Civil Veterinary Department. United Provinces 1912-22 - 1912-1922
Year: 1912
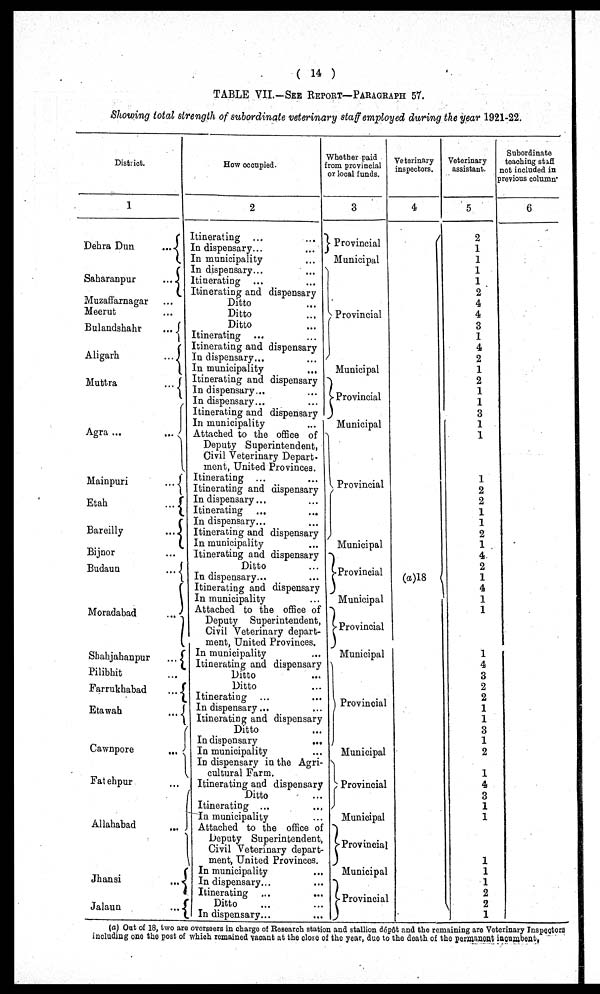
( 14 )
TABLE VII.—SEE REPORT—PARAGRAPH 57.
Showing total strength of subordinate veterinary staff employed during the year 1921-22.
District.
1
Dehra Dun
...
Saharanpur ...
Muzaffarnagar ...
Meerut ...
Bulandshahr ...
Aligarh ...
Muttra ...
Agra ...
Mainpuri ...
Etah ...
Bareilly ...
Bijnor ...
Budaun ...
Moradabad ...
Shahjahanpur ...
Pilibhit ...
Farrukhabad ...
Etawah ...
Cawnpore ...
Fatehpur ...
Allahabad ...
Jhansi ...
Jalaun ...
How occupied.
2
Itinerating ...
...
In dispensary...
...
In municipality ...
In dispensary ...
...
Itinerating ... ...
Itinerating and dispensary
Ditto ...
Ditto ...
Ditto ...
Itinerating ... ...
Itinerating and dispensary
In dispensary... ...
In municipality ...
Itinerating and dispensary
In dispensary ... ...
In dispensary ... ...
Itinerating and dispensary
In municipality ...
Attached to the office of
Deputy Superintendent,
Civil Veterinary Depart-
ment, United Provinces.
Itinerating ... ...
Itinerating and dispensary
In dispensary ... ...
Itinerating ... ...
In dispensary ... ...
Itinerating and dispensary
In municipality ...
Itinerating and dispensary
Ditto ...
In dispensary ...
Itinerating and dispensary
In municipality ...
Attached to the office of
Deputy Superintendent,
Civil Veterinary depart-
ment, United Provinces.
In municipality ...
Itinerating and dispensary
Ditto ...
Ditto ... ...
Itinerating ... ...
In dispensary ... ...
Itinerating and dispensary
Ditto ...
In dispensary ...
In municipality ...
In dispensary in the Agri-
cultural Farm.
Itinerating and dispensary
Ditto ...
Itinerating ...
In municipality ...
Attached to the office of
Deputy Superintendent,
Civil Veterinary depart.
ment, United Provinces.
In municipality ...
In dispensary ... ...
Itinerating ... ...
Ditto ... ...
In dispensary ... ...
Whether paid
from provincial
or local funds.
3
Provincial
Municipal
Provincial
Municipal
Provincial
Municipal
Provincial
Municipal
Provincial
Municipal
Provincial
Municipal
Provincial
Municipal
Provincial
Municipal
Provincial
Municipal
Provincial
Veterinary
inspectors.
4
(a)18
Veterinary
assistant.
5
2
1
1
1
1
2
4
4
3
1
4
2
1
2
1
1
3
1
1
1
2
2
1
1
2
1
4
2
1
4
1
1
1
4
3
2
2
1
1
3
1
2
1
4
3
1
1
1
1
1
2
2
1
Subordinate
teaching staff
not included in
previous column
6
(a) Oat of 18, two are overseers in charge of Research station and stallion dépôt and the remaining are Veterinary Inspectors
including one the post of which remained vacant at the close of the year, duo to the death of the permanent incumbent.